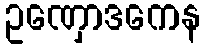
ဥဏှောဒကေန